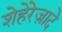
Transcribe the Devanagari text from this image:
शेहेरेज़ादे